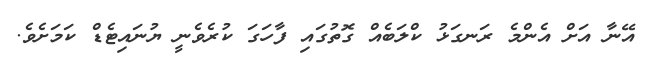
އޭނާ އަށް އެންމެ ރަނގަޅު ކްލަބެއް ގޮތުގައި ފާހަގަ ކުރެވެނީ ޔުނައިޓެޑް ކަމަށެވެ.